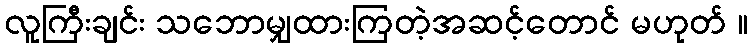
လူကြီးချင်း သဘောမျှထားကြတဲ့အဆင့်တောင် မဟုတ် ။